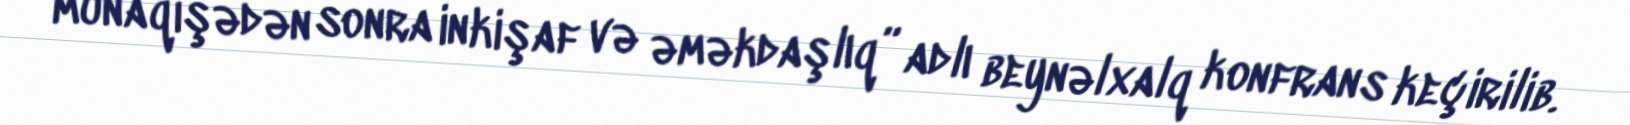
münaqişədən sonra inkişaf və əməkdaşlıq” adlı beynəlxalq konfrans keçirilib.